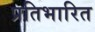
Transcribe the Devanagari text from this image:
प्रतिभारित